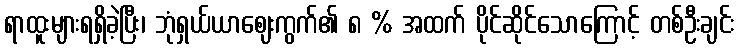
ရာထူးများရရှိခဲ့ပြီး၊ ဘုံရှယ်ယာဈေးကွက်၏ ၈ % အထက် ပိုင်ဆိုင်သောကြောင့် တစ်ဦးချင်း